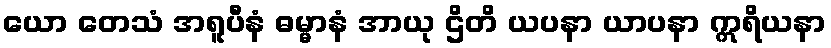
ယော တေသံ အရူပီနံ ဓမ္မာနံ အာယု ဌိတိ ယပနာ ယာပနာ ဣရိယနာ